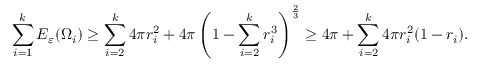
\sum _ { i = 1 } ^ { k } E _ { \varepsilon } ( \Omega _ { i } ) \geq \sum _ { i = 2 } ^ { k } 4 \pi r _ { i } ^ { 2 } + 4 \pi \left( 1 - \sum _ { i = 2 } ^ { k } r _ { i } ^ { 3 } \right) ^ { \frac { 2 } { 3 } } \geq 4 \pi + \sum _ { i = 2 } ^ { k } 4 \pi r _ { i } ^ { 2 } ( 1 - r _ { i } ) .